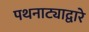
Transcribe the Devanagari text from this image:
पथनाट्याद्वारे